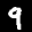
Label: 9